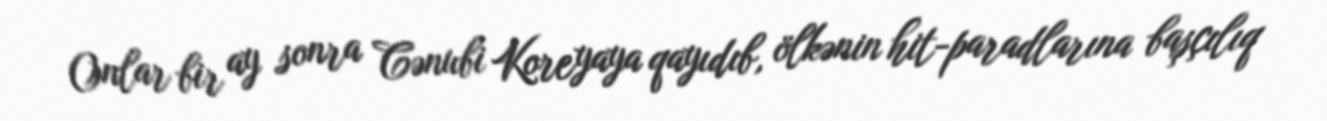
Onlar bir ay sonra Cənubi Koreyaya qayıdıb, ölkənin hit-paradlarına başçılıq